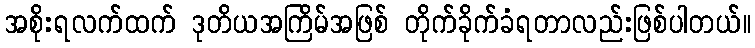
အစိုးရလက်ထက် ဒုတိယအကြိမ်အဖြစ် တိုက်ခိုက်ခံရတာလည်းဖြစ်ပါတယ်။